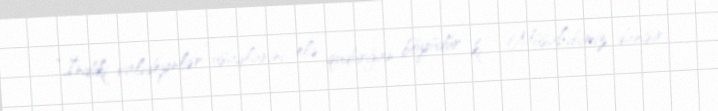
“İndiki valideynlər uşaqlarını elə qudurğan böyüdür ki...” Müsahibimiz danışır